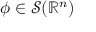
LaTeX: \phi \in { \mathcal { S } } ( \mathbb { R } ^ { n } )